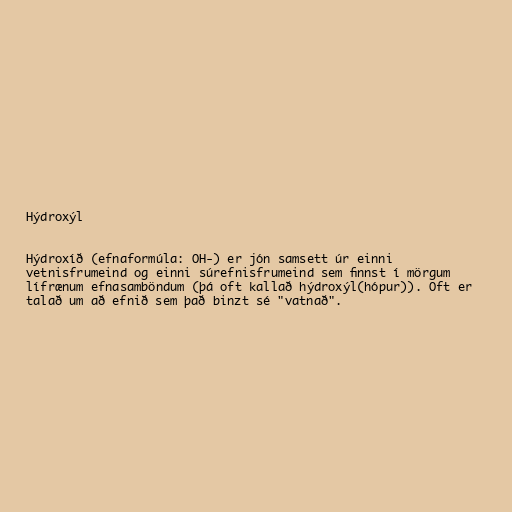
Hýdroxýl

Hýdroxíð (efnaformúla: OH-) er jón samsett úr einni
vetnisfrumeind og einni súrefnisfrumeind sem finnst í mörgum
lífrænum efnasamböndum (þá oft kallað hýdroxýl(hópur)). Oft er
talað um að efnið sem það binzt sé "vatnað".